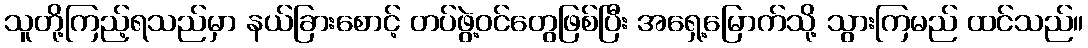
သူတို့ကြည့်ရသည်မှာ နယ်ခြားစောင့် တပ်ဖွဲ့ဝင်တွေဖြစ်ပြီး အရှေ့မြောက်သို့ သွားကြမည် ထင်သည်။